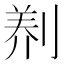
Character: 𭃻